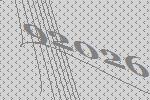
92026